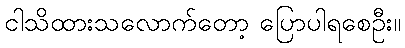
ငါသိထားသလောက်တော့ ပြောပါရစေဦး။